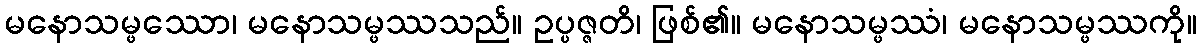
မနောသမ္ဖဿော၊ မနောသမ္ဖဿသည်။ ဥပ္ပဇ္ဇတိ၊ ဖြစ်၏။ မနောသမ္ဖဿံ၊ မနောသမ္ဖဿကို။